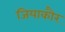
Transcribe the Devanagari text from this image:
जियाकौर